system: You are a helpful assistant.
user:
Analyze the provided spectrum to determine if it is a **"Cataclysmic Variables (CV)"**.

- **Key Indicators for CV (Check for either state):**
    - **State 1: Quiescent / Low-State (Emission-Dominated)**
        - **(Primary):** Strong and *very broad* Hydrogen Balmer emission lines (e.g., $H\alpha$ at 6563 Å, $H\beta$ at 4861 Å). The 'broadness' (high velocity dispersion, often FWHM > 1000 km/s) is the key diagnostic, indicating a high-velocity accretion disk.
        - **(Secondary):** Broad neutral Helium (He I) emission lines (e.g., 5876 Å, 6678 Å).
        - **(Key Confirmation):** Presence of high-excitation *ionized* Helium (He II) emission at 4686 Å. This is a strong indicator of accretion onto a white dwarf.
        - **(Line Profile):** Emission lines may exhibit a 'double-peaked' profile, which is a classic signature of a rotating accretion disk viewed at high inclination.

    - **State 2: Outburst / High-State (Absorption-Dominated)**
        - **(Primary):** Spectrum is dominated by a bright, blue continuum (looks like a hot star).
        - **(Secondary):** The emission lines from State 1 are weak, absent, or 'filled in', and are replaced by broad, shallow *absorption* lines (primarily Balmer and He I).
        - **(Morphology):** The overall spectrum mimics a hot B/A-type star. The crucial difference is that the absorption lines are significantly broader, shallower, and more 'washed-out' (or 'smeared') than the sharp lines of a normal stellar photosphere, due to high rotational speeds and pressure broadening in the disk.

Think first, call **spectral_visualization_tool** if needed to examine features in detail, then provide your final answer. Your response must adhere to the following strict rules:
1.  **Overall Structure:** Your response must follow the format `<think>...</think> <tool_call>...</tool_call> (if a tool is used) <answer>...</answer>`.
2.  **Tool Usage Constraint:** You may only make **one** tool call per turn.
3.  **Final Answer Format:** In the `<answer>` tag, your conclusion must be inside a `\boxed{}` command (e.g., `\boxed{YES}`), followed by your justification.

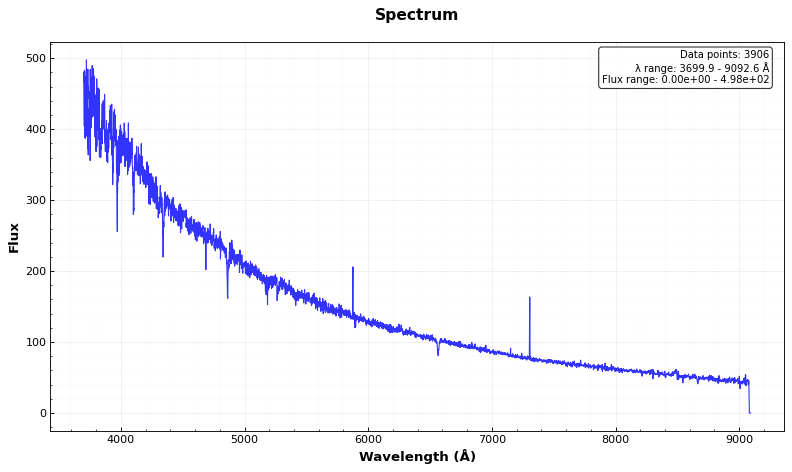
Answer: NO